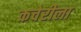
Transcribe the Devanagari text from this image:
कचेरीला